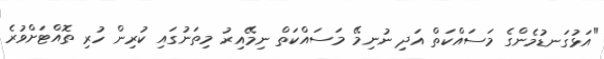
"އަޅުގަނޑުމެންގެ މަސައްކަތް އަދި ނުނިމޭ މަސައްކަތް ނިމޭއިރު މިތަނުގައި ކުރިން ހުރި ތޮއްޓަށްވުރެ